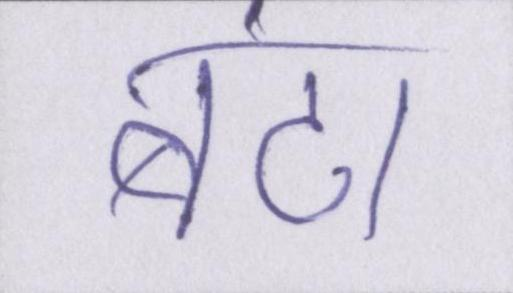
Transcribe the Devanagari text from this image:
बंटा